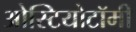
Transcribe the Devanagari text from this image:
ओस्टियोटॉमी